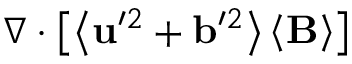
\nabla \cdot \left[ \left\langle \mathbf { u } ^ { \prime 2 } + \mathbf { b } ^ { \prime 2 } \right\rangle \left\langle \mathbf { B } \right\rangle \right]